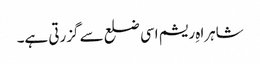
شاہراہِ ریشم اسی ضلع سے گزرتی ہے۔